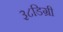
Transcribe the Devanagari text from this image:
३८डिग्री